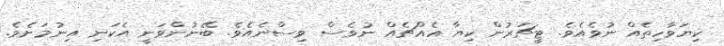
ކިޔަވާހިތެއް ނުވެއެވެ. ޓީޗަރުން ކިޔާ އެއްޗެއް ނުވެސް ވިސްނެއެވެ. ބޭނުންވަނީ އެކަނި އިނުމަށެވެ.